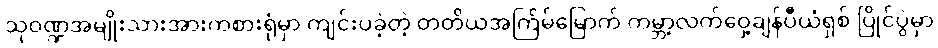
သုဝဏ္ဍအမျိုးသားအားကစားရုံမှာ ကျင်းပခဲ့တဲ့ တတိယအကြိမ်မြောက် ကမ္ဘာ့လက်ဝှေ့ချန်ပီယံရှစ် ပြိုင်ပွဲမှာ